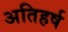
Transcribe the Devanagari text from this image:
अतिहर्ष